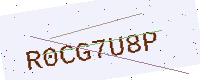
Text: R0CG7U8P